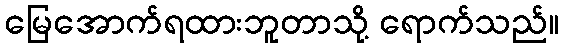
မြေအောက်ရထားဘူတာသို့ ရောက်သည်။